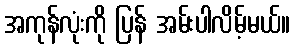
အကုန်လုံးကို ပြန် အမ်းပါလိမ့်မယ်။